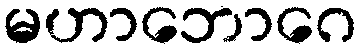
မဟာဘောဂေ